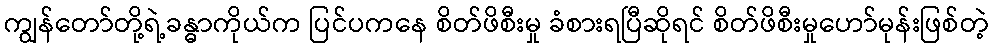
ကျွန်တော်တို့ရဲ့ခန္ဓာကိုယ်က ပြင်ပကနေ စိတ်ဖိစီးမှု ခံစားရပြီဆိုရင် စိတ်ဖိစီးမှုဟော်မုန်းဖြစ်တဲ့